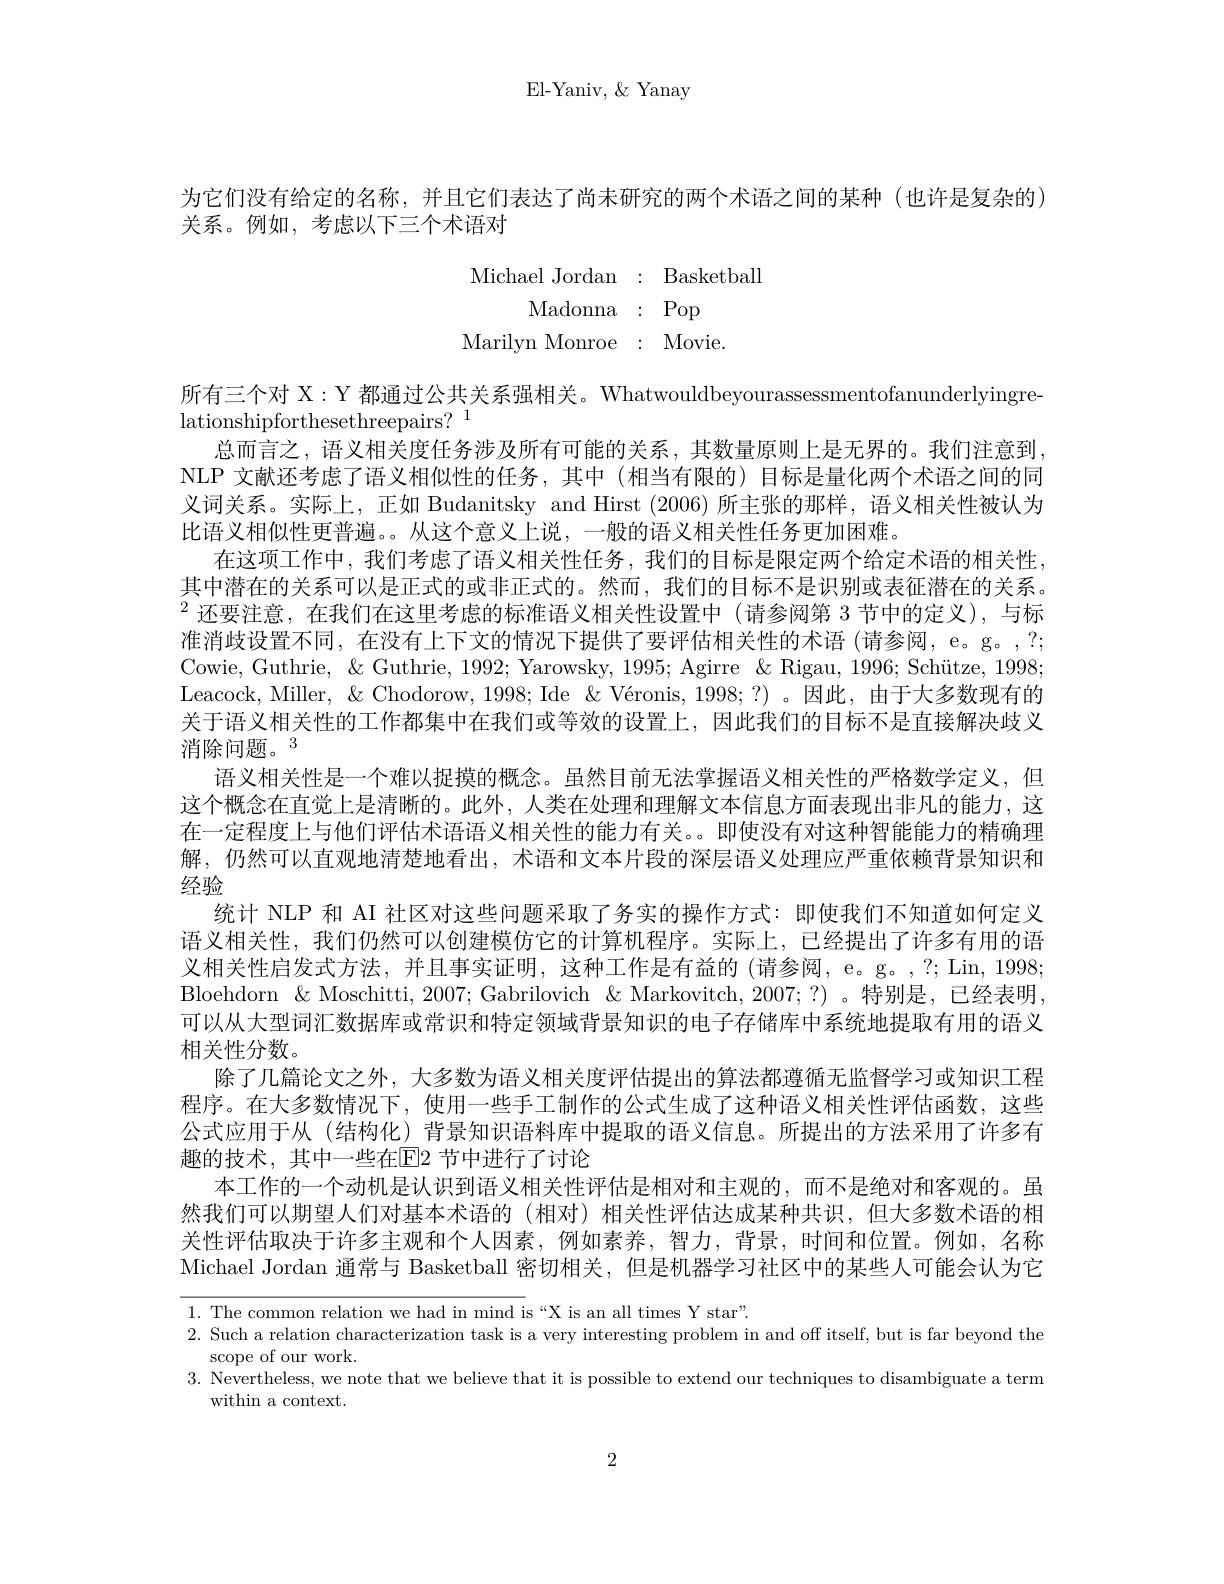
El-Yaniv, $\&$ Yanay

为它们没有给定的名称，并且它们表达了尚未研究的两个术语之间的某种(也许是复杂的)
关系。例如，考虑以下三个术语对
$$\begin{array}{rll}\text{Michael Jordan}&:&\text{Basketball}\\\text{Madonna}&:&\text{Pop}\\\text{Marilyn Monroe}&:&\text{Movie.}\end{array}$$
所有三个对 X:Y 都通过公共关系强相关。Whatwouldbeyourassessmentofanunderlyingre-
lationshipforthesethreepairs? 1
总而言之，语义相关度任务涉及所有可能的关系，其数量原则上是无界的。我们注意到， NLP 文献还考虑了语义相似性的任务，其中 (相当有限的) 目标是量化两个术语之间的同义词关系。实际上，正如 Budanitsky and Hirst (2006)所主张的那样，语义相关性被认为比语义相似性更普遍。。从这个意义上说，一般的语义相关性任务更加困难。
在这项工作中，我们考虑了语义相关性任务，我们的目标是限定两个给定术语的相关性， 其中潜在的关系可以是正式的或非正式的。然而，我们的目标不是识别或表征潜在的关系。$^{2}$还要注意，在我们在这里考虑的标准语义相关性设置中(请参阅第3节中的定义),与标准消歧设置不同，在没有上下文的情况下提供了要评估相关性的术语 (请参阅，e。g。,?; Cowie, Guthrie, $\&$ Guthrie, 1992; Yarowsky, 1995; Agirre &Rigau, 1996; Schütze, 1998; Leacock, Miller, $\&$ Chodorow, 1998; Ide &Véronis, 1998;?) 。因此，由于大多数现有的关于语义相关性的工作都集中在我们或等效的设置上，因此我们的目标不是直接解决歧义消除问题。3
语义相关性是一个难以捉摸的概念。虽然目前无法掌握语义相关性的严格数学定义，但这个概念在直觉上是清晰的。此外，人类在处理和理解文本信息方面表现出非凡的能力，这在一定程度上与他们评估术语语义相关性的能力有关。。即使没有对这种智能能力的精确理解，仍然可以直观地清楚地看出，术语和文本片段的深层语义处理应严重依赖背景知识和经验
统计 NLP 和 AI 社区对这些问题采取了务实的操作方式：即使我们不知道如何定义语义相关性，我们仍然可以创建模仿它的计算机程序。实际上，已经提出了许多有用的语义相关性启发式方法，并且事实证明，这种工作是有益的(请参阅，e。g。,?; Lin, 1998; Bloehdorn & & Moschitti, 2007; Gabrilovich & Markovitch, 2007; ?) 。特别是，已经表明可以从大型词汇数据库或常识和特定领域背景知识的电子存储库中系统地提取有用的语义相关性分数。
除了几篇论文之外，大多数为语义相关度评估提出的算法都遵循无监督学习或知识工程程序。在大多数情况下，使用一些手工制作的公式生成了这种语义相关性评估函数，这些公式应用于从(结构化)背景知识语料库中提取的语义信息。所提出的方法采用了许多有趣的技术，其中一些在[E]2 节中进行了讨论
本工作的一个动机是认识到语义相关性评估是相对和主观的，而不是绝对和客观的。虽然我们可以期望人们对基本术语的(相对)相关性评估达成某种共识，但大多数术语的相关性评估取决于许多主观和个人因素，例如素养，智力，背景，时间和位置。例如，名称Michael Jordan 通常与 Basketball 密切相关，但是机器学习社区中的某些人可能会认为它

1. The common relation we had in mind is“X is an all times Y star".
2. Such a relation characterization task is a very interesting problem in and off itself, but is far beyond the
scope of our work.
3. Nevertheless, we note that we believe that it is possible to extend our techniques to disambiguate a term
within a context.

2